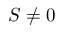
S \neq 0